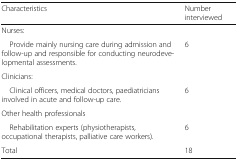
<table><thead><tr><td><b>Characteristics</b></td><td><b>Number interviewed</b></td></tr></thead><tbody><tr><td colspan="2">Nurses:</td></tr><tr><td> Provide mainly nursing care during admission and follow-up and responsible for conducting neurodevelopmental assessments.</td><td>6</td></tr><tr><td colspan="2">Clinicians:</td></tr><tr><td> Clinical officers, medical doctors, paediatricians involved in acute and follow-up care.</td><td>6</td></tr><tr><td colspan="2">Other health professionals</td></tr><tr><td> Rehabilitation experts (physiotherapists, occupational therapists, palliative care workers).</td><td>6</td></tr><tr><td>Total</td><td>18</td></tr></tbody></table>